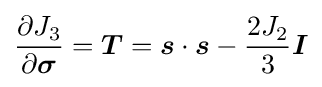
{\frac {\partial J_{3}}{\partial {\boldsymbol {\sigma }}}}={\boldsymbol {T}}={\boldsymbol {s}}\cdot {\boldsymbol {s}}-{\frac {2J_{2}}{3}}{\boldsymbol {I}}